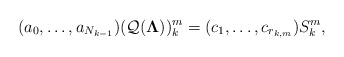
\begin{align*}(a_0,\dots, a_{N_{k-1}})(\mathcal Q(\boldsymbol{\Lambda}))_k^m=(c_1,\dots,c_{r_{k,m}})S^m_k,\end{align*}